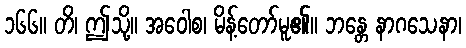
၁၆၆။ တိ၊ ဤသို့။ အဝေါစ၊ မိန့်တော်မူ၏။ ဘန္တေ နာဂသေနာ၊